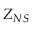
Z _ { N S }